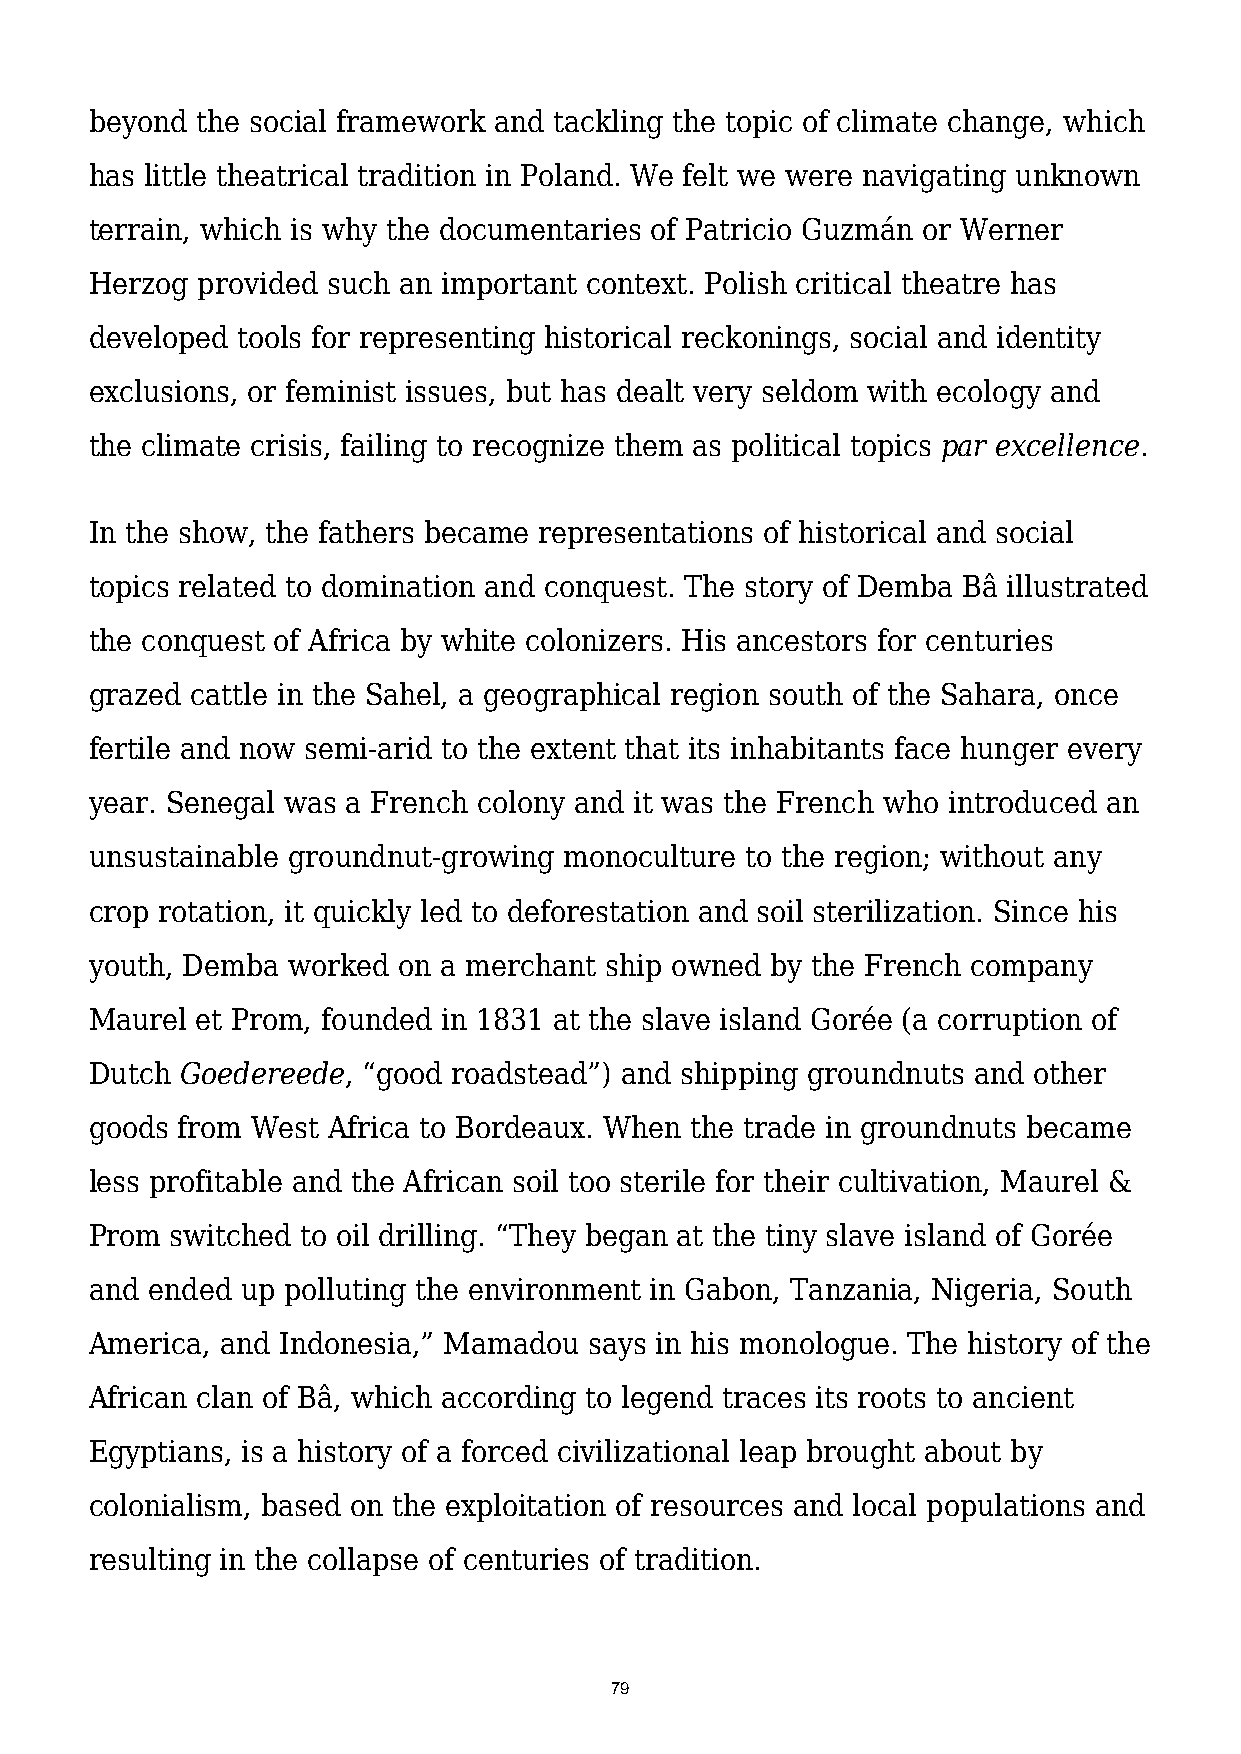
beyond the social framework and tackling the topic of climate change, which
 has little theatrical tradition in Poland. We felt we were navigating unknown
 terrain, which is why the documentaries of Patricio Guzmán or Werner
 Herzog provided such an important context. Polish critical theatre has
 developed tools for representing historical reckonings, social and identity
 exclusions, or feminist issues, but has dealt very seldom with ecology and
 the climate crisis, failing to recognize them as political topics par excellence.
 In the show, the fathers became representations of historical and social
 topics related to domination and conquest. The story of Demba Bâ illustrated
 the conquest of Africa by white colonizers. His ancestors for centuries
 grazed cattle in the Sahel, a geographical region south of the Sahara, once
 fertile and now semi-arid to the extent that its inhabitants face hunger every
 year. Senegal was a French colony and it was the French who introduced an
 unsustainable groundnut-growing monoculture to the region; without any
 crop rotation, it quickly led to deforestation and soil sterilization. Since his
 youth, Demba worked on a merchant ship owned by the French company
 Maurel et Prom, founded in 1831 at the slave island Gorée (a corruption of
 Dutch Goedereede, “good roadstead”) and shipping groundnuts and other
 goods from West Africa to Bordeaux. When the trade in groundnuts became
 less profitable and the African soil too sterile for their cultivation, Maurel &
 Prom switched to oil drilling. “They began at the tiny slave island of Gorée
 and ended up polluting the environment in Gabon, Tanzania, Nigeria, South
 America, and Indonesia,” Mamadou says in his monologue. The history of the
 African clan of Bâ, which according to legend traces its roots to ancient
 Egyptians, is a history of a forced civilizational leap brought about by
 colonialism, based on the exploitation of resources and local populations and
 resulting in the collapse of centuries of tradition.
 79